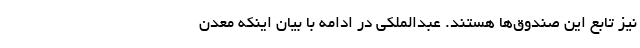
نیز تابع این صندوق‌ها هستند. عبدالملکی در ادامه با بیان اینکه معدن